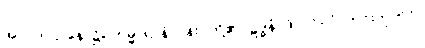
အာဂတဌာနေ၊ ၌။ ကမ္မာရာနံ၊ ပန်းပဲတို့၏။ ဠဒ္ဓနံ၊ ဖိုလ်ဝ်။ ဝံ၊ တင်းကုတ်ဝ်။